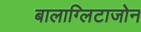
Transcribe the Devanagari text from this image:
बालाग्लिटाजोन